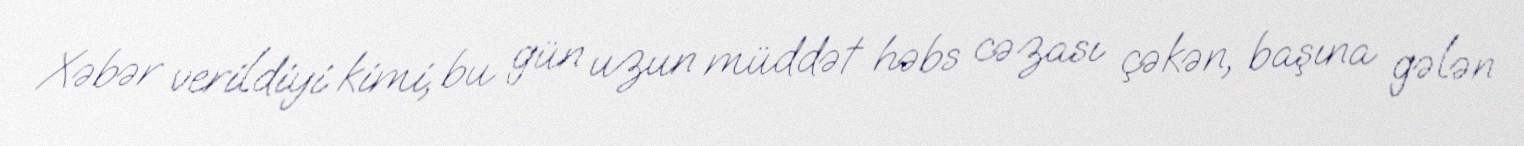
Xəbər verildiyi kimi, bu gün uzun müddət həbs cəzası çəkən, başına gələn